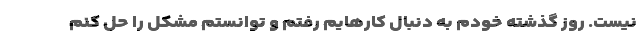
نیست. روز گذشته خودم به دنبال کارهایم رفتم و توانستم مشکل را حل کنم